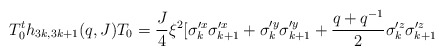
\begin{align*}T^t_0 h_{3 k,3 k + 1} (q,J) T_0 = \frac{J}{4} \xi^2[\sigma'^x_k \sigma'^x_{k+1} + \sigma'^y_k \sigma'^y_{k+1} + \frac{q + q^{-1}}{2} \sigma'^z_k \sigma'^z_{k+1}\end{align*}